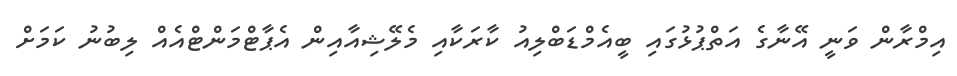
އިމްރާން ވަނީ އޭނާގެ އަތްޕުޅުގައި ބީއެމްޑަބްލިއު ކާރަކާއި މެލޭޝިއާއިން އެޕާޓްމަންޓްއެއް ލިބުނު ކަމަށް